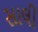
સાલી